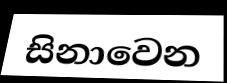
සිනාවෙන